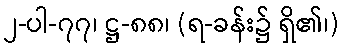
၂-ပါ-၇၇၊ ဋ္ဌ-၈၈၊ (ရ-ခန်း၌ ရှိ၏၊)